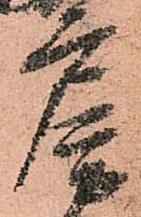
房